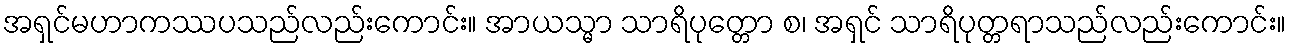
အရှင်မဟာကဿပသည်လည်းကောင်း။ အာယသ္မာ သာရိပုတ္တော စ၊ အရှင် သာရိပုတ္တရာသည်လည်းကောင်း။